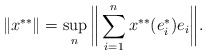
\begin{align*}\|x^{**}\|=\sup_n\bigg\|\sum_{i=1}^n x^{**}(e_i^*)e_i\bigg\|.\end{align*}